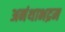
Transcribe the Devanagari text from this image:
अनंथाभद्रम